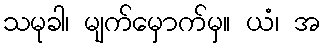
သမုခါ၊ မျက်မှောက်မှ။ ယံ၊ အ